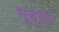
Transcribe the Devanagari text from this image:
गुदुया